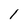
Character: 1